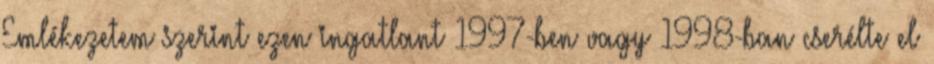
Emlékezetem szerint ezen ingatlant 1997-ben vagy 1998-ban cserélte el